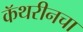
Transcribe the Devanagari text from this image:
कॅथरीनचा